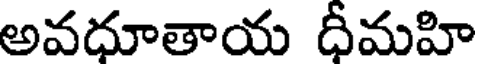
అవధూతాయ ధీమహి